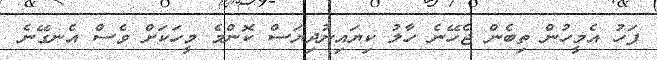
ފަހު އެމީހުން ތިބެން ޖެހޭނެ ހާލު ކިޔައިނުދިޔަސް ކޮންމެ މީހަކަށް ވެސް އެނގޭނެ